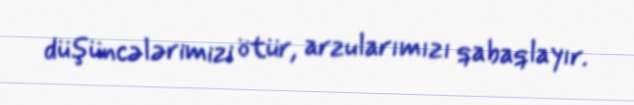
düşüncələrimizi ötür, arzularımızı qabaqlayır.